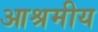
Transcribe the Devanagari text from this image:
आश्रमीय